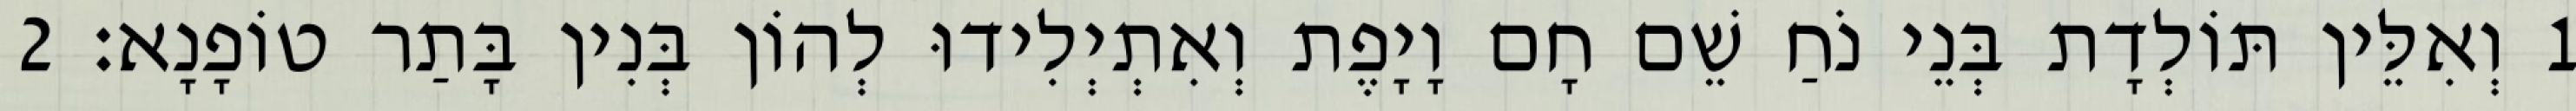
1 וְאִלֵּין תּוֹלְדָת בְּנֵי נֹחַ שֵׁם חָם וָיָפֶת וְאִתְיְלִידוּ לְהוֹן בְּנִין בָּתַר טוֹפָנָא׃ 2